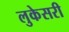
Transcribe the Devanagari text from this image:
लुकेसरी